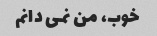
خوب، من نمی دانم